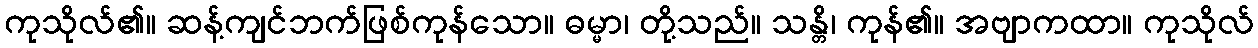
ကုသိုလ်၏။ ဆန့်ကျင်ဘက်ဖြစ်ကုန်သော။ ဓမ္မာ၊ တို့သည်။ သန္တိ၊ ကုန်၏။ အဗျာကထာ။ ကုသိုလ်